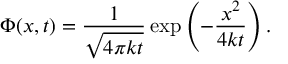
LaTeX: \Phi ( x , t ) = { \frac { 1 } { \sqrt { 4 \pi k t } } } \exp \left( - { \frac { x ^ { 2 } } { 4 k t } } \right) .